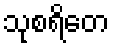
သုစရိတေ